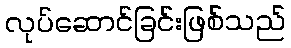
လုပ်ဆောင်ခြင်းဖြစ်သည်